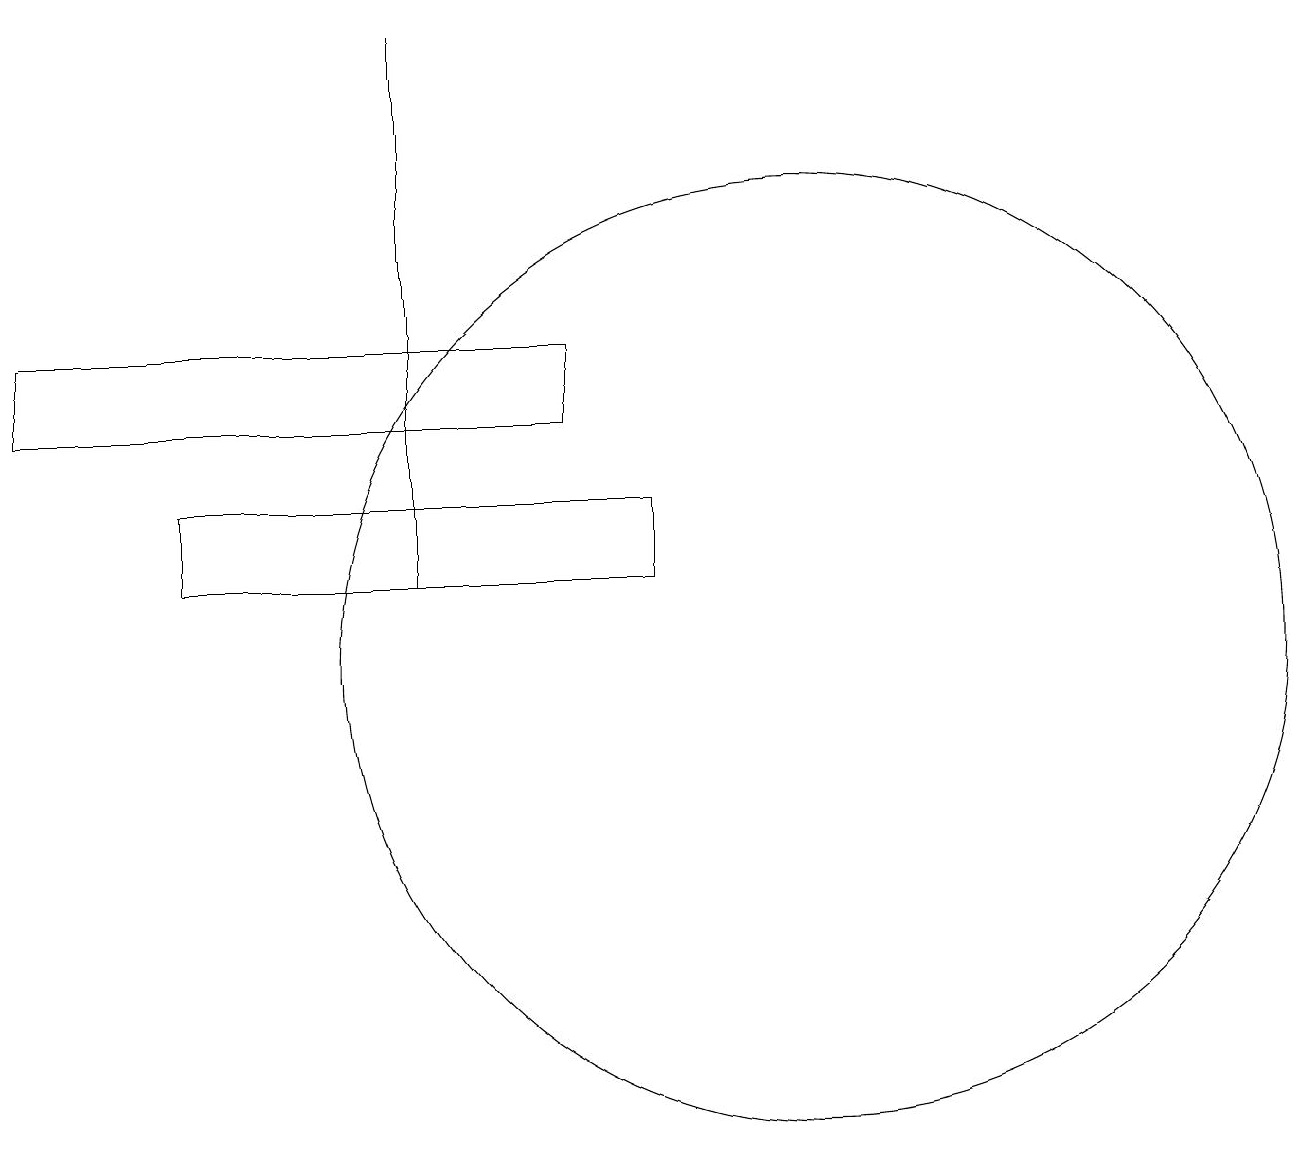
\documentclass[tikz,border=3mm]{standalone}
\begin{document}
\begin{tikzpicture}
\draw (0,15) rectangle (7,14);
\draw (10,11) circle (6);
\draw (5,12) rectangle (5,19);
\draw (8,13) rectangle (2,12);
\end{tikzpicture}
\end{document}